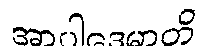
အာပါဒေမာတိ